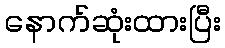
နောက်ဆုံးထားပြီး